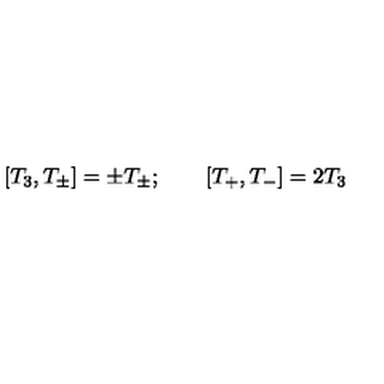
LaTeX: [ T _ { 3 } , T _ { \pm } ] = \pm T _ { \pm } ; \qquad [ T _ { + } , T _ { - } ] = 2 T _ { 3 }